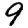
Digit: 9